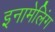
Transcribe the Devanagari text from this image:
इनामेलिंग